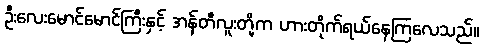
ဦးလေးမောင်မောင်ကြီးနှင့် အန်တီလူးတို့က ဟားတိုက်ရယ်နေကြလေသည်။